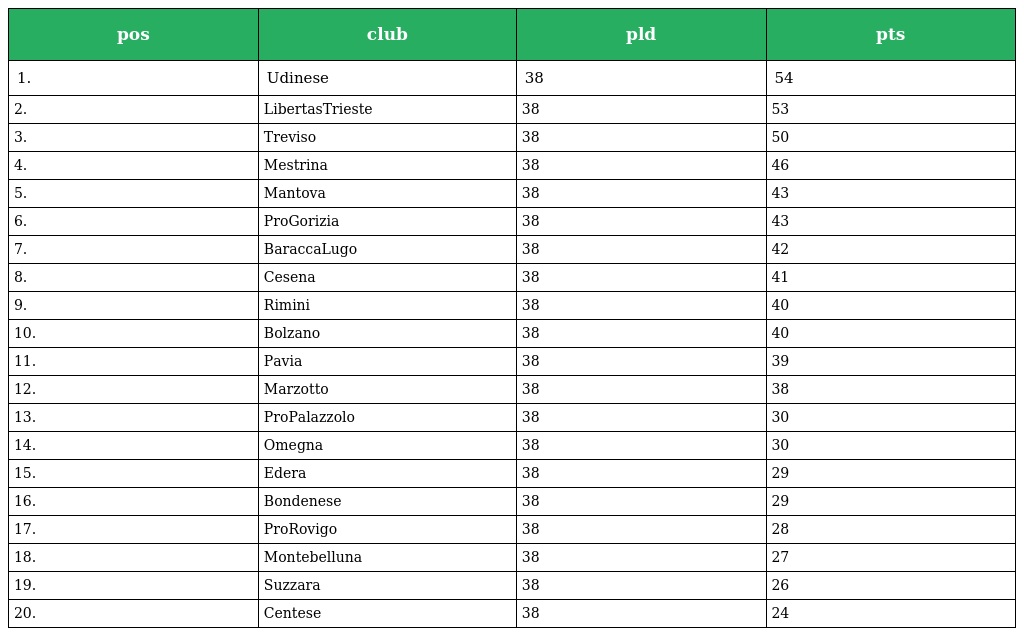
| pos | club | pld | pts |
 | --- | --- | --- | --- |
 | 1. | Udinese | 38 | 54 |
 | 2. | LibertasTrieste | 38 | 53 |
 | 3. | Treviso | 38 | 50 |
 | 4. | Mestrina | 38 | 46 |
 | 5. | Mantova | 38 | 43 |
 | 6. | ProGorizia | 38 | 43 |
 | 7. | BaraccaLugo | 38 | 42 |
 | 8. | Cesena | 38 | 41 |
 | 9. | Rimini | 38 | 40 |
 | 10. | Bolzano | 38 | 40 |
 | 11. | Pavia | 38 | 39 |
 | 12. | Marzotto | 38 | 38 |
 | 13. | ProPalazzolo | 38 | 30 |
 | 14. | Omegna | 38 | 30 |
 | 15. | Edera | 38 | 29 |
 | 16. | Bondenese | 38 | 29 |
 | 17. | ProRovigo | 38 | 28 |
 | 18. | Montebelluna | 38 | 27 |
 | 19. | Suzzara | 38 | 26 |
 | 20. | Centese | 38 | 24 |